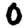
Digit: 0